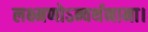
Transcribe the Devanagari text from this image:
लक्ष्मणोऽन्वर्थनामा।